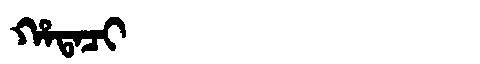
Manchu: ᡥᠠᡨᠠᠴᡳ
Romanization: HATACI